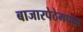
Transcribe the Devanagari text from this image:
बाजारपेठेमधला